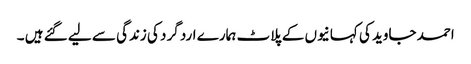
احمد جاوید کی کہانیوں کے پلاٹ ہمارے ارد گرد کی زندگی سے لیے گئے ہیں ۔